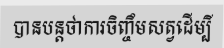
បានបន្តថាការចិញ្ចឹមសត្វដើម្បី